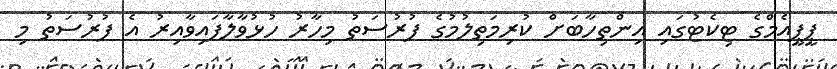
ޕީޕީއެމްގެ ޓިކެޓުގައި އިންތިހާބަށް ކުރިމަތިލުމުގެ ފުރުސަތު މިހާރު ހުޅުވާލާފައިވާއިރު އެ ފުރުސަތު މި